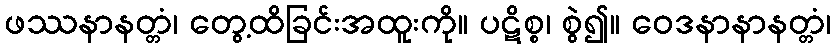
ဖဿနာနတ္တံ၊ တွေ့ထိခြင်းအထူးကို။ ပဋိစ္စ၊ စွဲ၍။ ဝေဒနာနာနတ္တံ၊